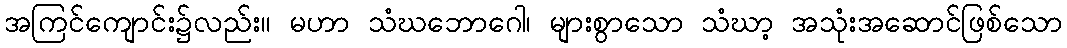
အကြင်ကျောင်း၌လည်း။ မဟာ သံဃဘောဂေါ၊ များစွာသော သံဃာ့ အသုံးအဆောင်ဖြစ်သော